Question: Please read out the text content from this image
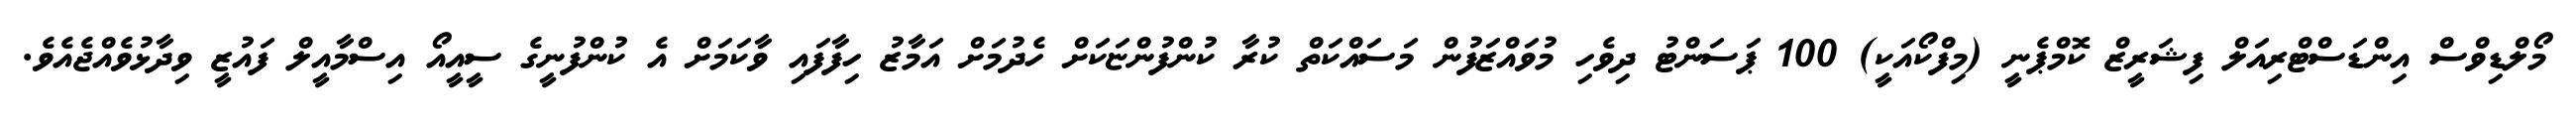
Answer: މޯލްޑިވްސް އިންޑަސްޓްރިއަލް ފިޝަރީޒް ކޮމްޕެނީ (މިފްކޯއަކީ) 100 ޕަސަންޓު ދިވެހި މުވައްޒަފުން މަސައްކަތް ކުރާ ކުންފުންޏަކަށް ހެދުމަށް އަމާޒު ހިފާފައި ވާކަމަށް އެ ކުންފުނީގެ ސީއީއޯ އިސްމާއީލް ފައުޒީ ވިދާޅުވެއްޖެއެވެ.